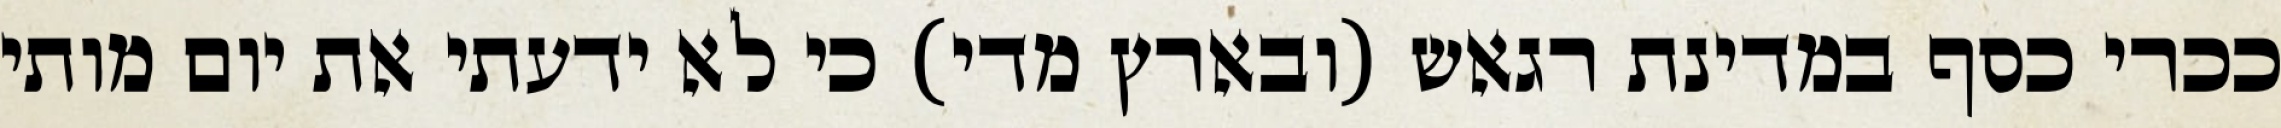
ככרי כסף במדינת רגאש (ובארץ מדי) כי לא ידעתי את יום מותי